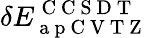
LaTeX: \delta E_{\mathrm{~a~p~C~V~T~Z~}}^{\mathrm{~C~C~S~D~T~}}